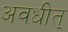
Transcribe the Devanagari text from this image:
अवधीत्‌